Scottish Leaving Certificate Examination, 1954
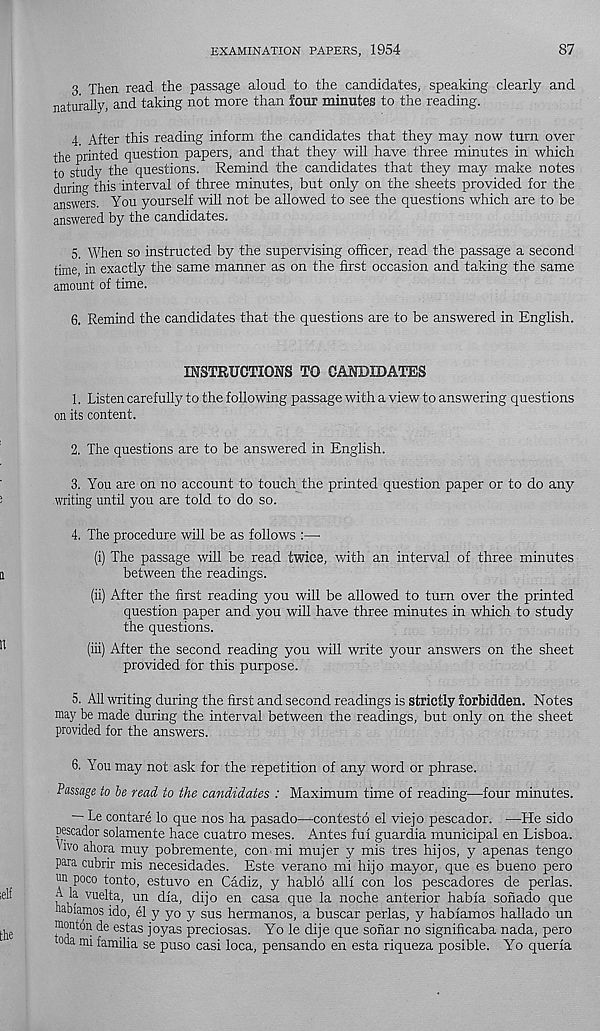
EXAMINATION PAPERS, 1954
87
3 Then read the passage aloud to the candidates, speaking clearly and
naturally, and taking not more than four minutes to the reading.
4. After this reading inform the candidates that they may now turn over
the printed question papers, and that they will have three minutes in which
to study the questions. Remind the candidates that they may make notes
during this interval of three minutes, but only on the sheets provided for the
answers. You yourself will not be allowed to see the questions which are to be
answered by the candidates.
5. When so instructed by the supervising officer, read the passage a second
time, in exactly the same manner as on the first occasion and taking the same
amount of time.
6. Remind the candidates that the questions are to be answered in English.
INSTRUCTIONS TO CANDIDATES
1. Listen carefully to the following passage with a view to answering questions
on its content.
2. The questions are to be answered in English.
3. You are on no account to touch the printed question paper or to do any
writing until you are told to do so.
4. The procedure will be as follows :—
(i) The passage will be read twice, with an interval of three minutes
between the readings.
(ii) After the first reading you will be allowed to turn over the printed
question paper and you will have three minutes in which to study
the questions.
(iii) After the second reading you will write your answers on the sheet
provided for this purpose.
5. All writing during the first and second readings is strictly Sorbidden. Notes
may be made during the interval between the readings, but only on the sheet
provided for the answers.
6. You may not ask for the repetition of any word or phrase.
Passage to be read to the candidates : Maximum time of reading—four minutes.
— Le contare lo que nos ha pasado—contesto el viejo pescador. —He sido
uescador solamente hace cuatro meses. Antes fui guardia municipal en Lisboa.
Vivo ahora muy pobremente, con mi mujer y mis tres hijos, y apenas tengo
para cubrir mis necesidades. Este verano mi hijo mayor, que es bueno pero
un poco tonto, estuvo en Cadiz, y hablo allf con los Pescadores de perlas.
A la vuelta, un dia, dijo en casa que la noche anterior habia sonado que
nabiamos ido, el y yo y sus hermanos, a buscar perlas, y hablamos hallado un
monton de estas joyas preciosas. Yo le dije que sonar no significaba nada, pero
toda mi familia se puso casi loca, pensando en esta riqueza posible. Yo queria